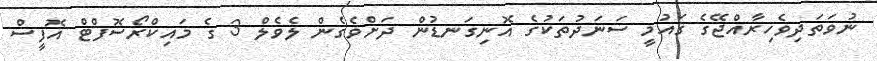
ނުވަތަދިވެހިރާއްޖޭގެ ޤައުމީ ސަނަދުތަކުގެ އޮނިގަނޑުން ދަށްވެގެން ލެވެލް 3 ގެ މައިކްރޯސޮފްޓް އޮފީސް